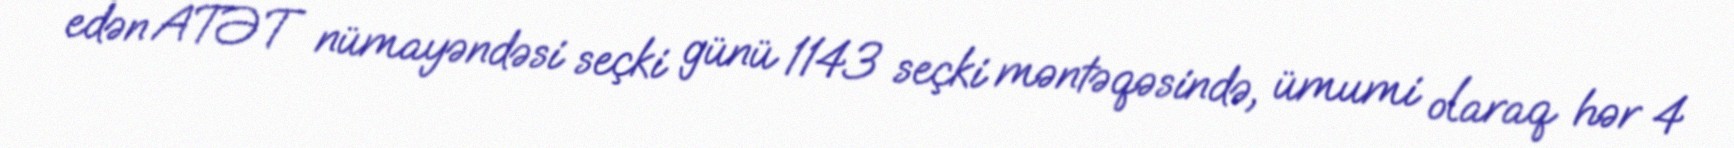
edən ATƏT nümayəndəsi seçki günü 1143 seçki məntəqəsində, ümumi olaraq hər 4